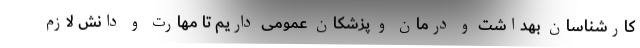
کارشناسان بهداشت و درمان و پزشکان عمومی داریم تا مهارت و دانش لازم